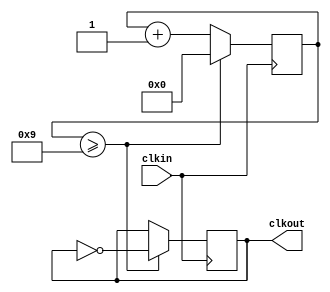
`timescale 1ns / 1ps
//////////////////////////////////////////////////////////////////////////////////
// Company: 
// Engineer: 
// 
// Design Name: 
// Module Name: clk_5MHz
// Project Name: 
// Target Devices: 
// Tool Versions: 
// Description: 
// 
// Dependencies: 
// 
// Revision:
// Revision 0.01 - File Created
// Additional Comments:
// 
//////////////////////////////////////////////////////////////////////////////////


module clk_XMHz #(
    parameter CLOCK_FREQ=100000000,
    parameter TARGET_FREQ= 10000000
)(
    input clkin,
    output reg clkout
    );
    
    reg [4:0] counter; //5 bit counter
    initial begin
        clkout <= 0;
        counter <= 0; 
    end
    
    always @(posedge clkin) begin
        if(counter >= (CLOCK_FREQ / TARGET_FREQ - 1)) begin//count to 10
            clkout <= ~clkout;
            counter <= 0;
        end else begin
        counter = counter + 1;
        end
    end
endmodule